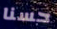
حسنا